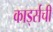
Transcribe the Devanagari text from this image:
कार्ड्सची